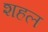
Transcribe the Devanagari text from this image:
शहल